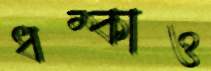
ধম্‌কাও